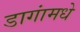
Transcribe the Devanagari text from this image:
डागांमधे